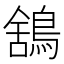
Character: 鵨